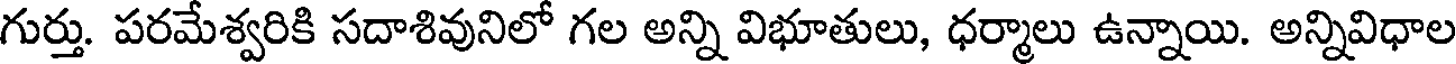
గుర్తు. పరమేశ్వరికి సదాశివునిలో గల అన్ని విభూతులు, ధర్మాలు ఉన్నాయి. అన్నివిధాల